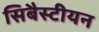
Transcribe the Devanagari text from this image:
सिबैस्टीयन